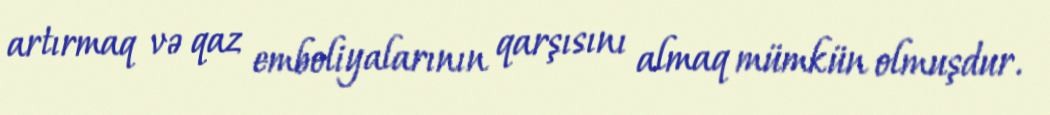
artırmaq və qaz emboliyalarının qarşısını almaq mümkün olmuşdur.